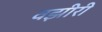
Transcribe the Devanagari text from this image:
वझीरी